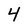
Character: 4